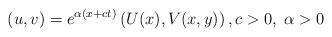
LaTeX: \begin{align*}\left(u,v\right)=e^{\alpha(x+ct)}\left(U(x),V(x,y)\right),c>0,\;\alpha>0 \end{align*}